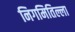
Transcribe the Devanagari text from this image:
निगमितिल्ला